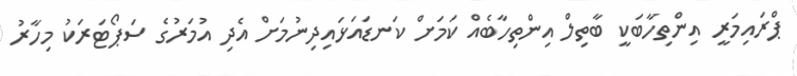
ޕްރައިމަރީ އިންތިހާބަކީ ބާތިލް އިންތިހާބެއް ކަމަށް ކަނޑައަޅައިދިނުމަށް އެދި އުމަރުގެ ސަޕޯޓަރަކު މިހާރު